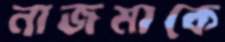
নাজমাকে